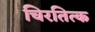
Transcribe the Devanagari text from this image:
चिरतित्क